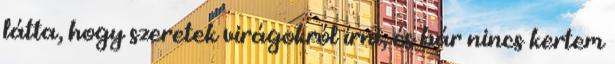
látta, hogy szeretek virágokról írni, és bár nincs kertem